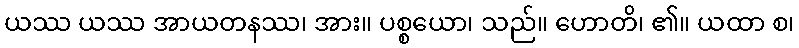
ယဿ ယဿ အာယတနဿ၊ အား။ ပစ္စယော၊ သည်။ ဟောတိ၊ ၏။ ယထာ စ၊